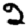
Digit: 2